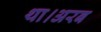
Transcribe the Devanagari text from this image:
था।अरब